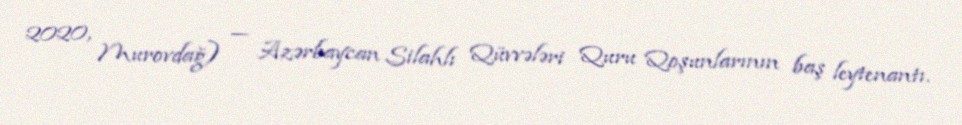
2020, Murovdağ) — Azərbaycan Silahlı Qüvvələri Quru Qoşunlarının baş leytenantı.